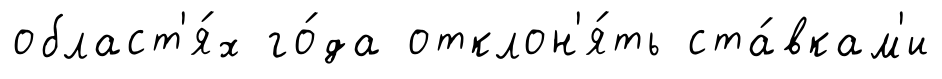
област'я́х го́да отклон'я́ть ста́вкам'и